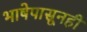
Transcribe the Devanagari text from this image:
भाषेपासूनही